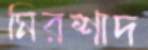
মিরশাদ